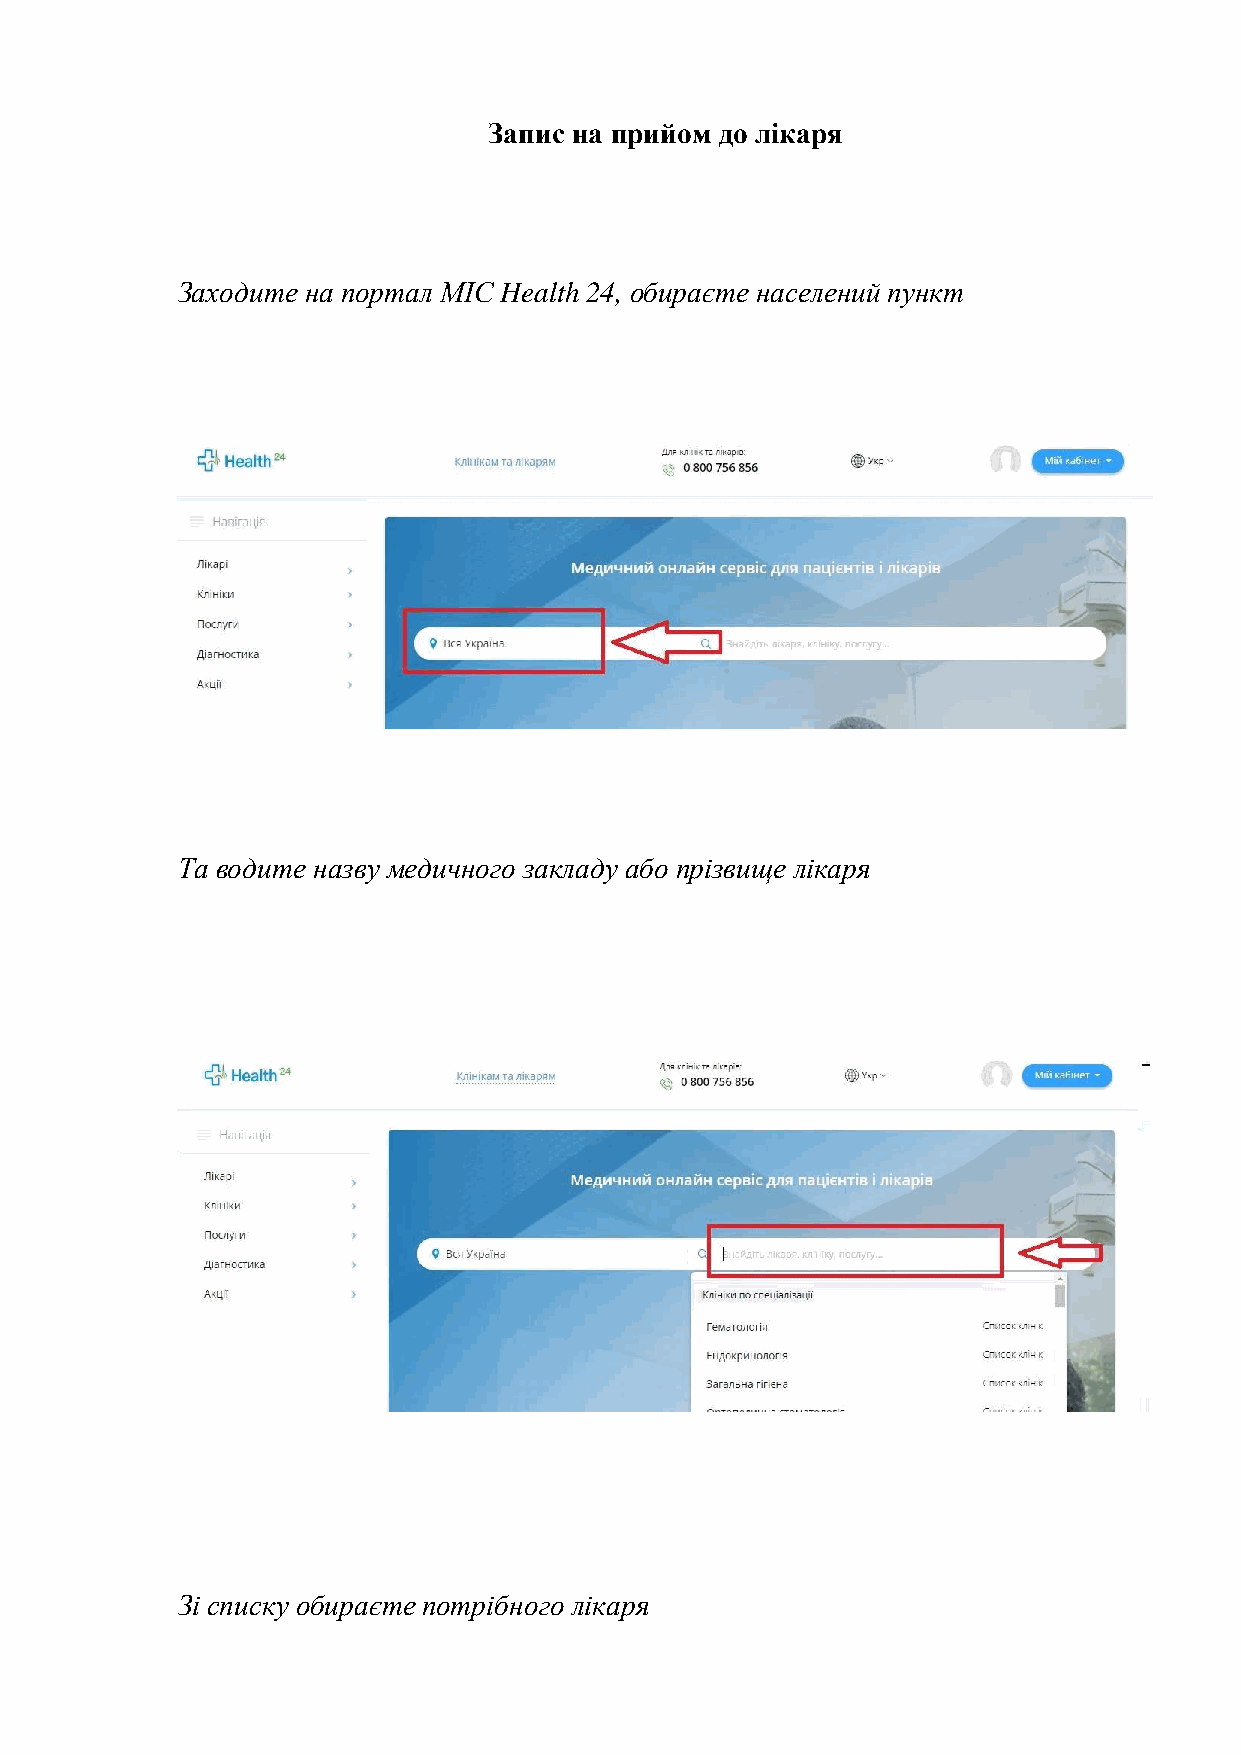
Запис на прийом до лікаря
 Заходите на портал МІС Health 24, обираєте населений пункт
 Та водите назву медичного закладу або прізвище лікаря
 Зі списку обираєте потрібного лікаря